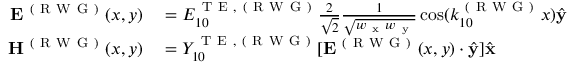
\begin{array} { r l } { \mathbf { E } ^ { \mathrm { ~ ( ~ R ~ W ~ G ~ ) ~ } } ( x , y ) } & { { } = E _ { 1 0 } ^ { \mathrm { ~ T ~ E ~ } , \mathrm { ~ ( ~ R ~ W ~ G ~ ) ~ } } \frac { 2 } { \sqrt { 2 } } \frac { 1 } { \sqrt { w _ { \mathrm { ~ x ~ } } w _ { \mathrm { ~ y ~ } } } } \cos ( k _ { 1 0 } ^ { \mathrm { ~ ( ~ R ~ W ~ G ~ ) ~ } } x ) \hat { \mathbf { y } } } \\ { \mathbf { H } ^ { \mathrm { ~ ( ~ R ~ W ~ G ~ ) ~ } } ( x , y ) } & { { } = Y _ { 1 0 } ^ { \mathrm { ~ T ~ E ~ } , \mathrm { ~ ( ~ R ~ W ~ G ~ ) ~ } } [ \mathbf { E } ^ { \mathrm { ~ ( ~ R ~ W ~ G ~ ) ~ } } ( x , y ) \cdot \hat { \mathbf { y } } ] \hat { \mathbf { x } } } \end{array}